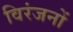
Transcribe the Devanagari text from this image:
विरंजनों